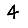
Digit: 4